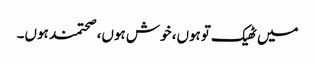
میں ٹھیک توہوں، خوش ہوں، صحتمند ہوں۔